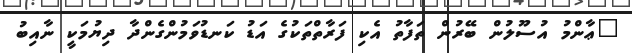
"ޢާންމު އުސޫލުން ބޭރުން ތަފާތު އެކި ފަރާތްތަކުގެ އަޑު ކަނޑުވަމުންގެންދާ ދިޔުމަކީ ނާއިބު